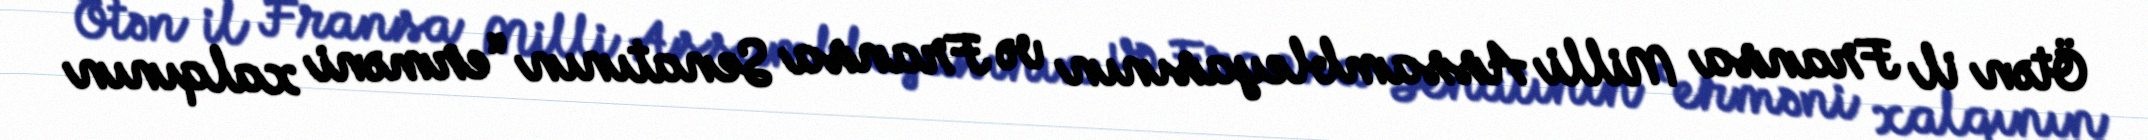
Ötən il Fransa Milli Assambleyasının və Fransa Senatının “erməni xalqının